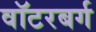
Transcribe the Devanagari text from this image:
वॉटरबर्ग